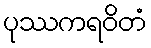
ပုဿကရဝိတံ